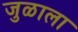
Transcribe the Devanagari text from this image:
जुळाला